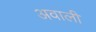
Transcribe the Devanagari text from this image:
अवाली